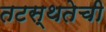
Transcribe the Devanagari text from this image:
तटस्थतेची